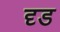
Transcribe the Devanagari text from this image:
दृड